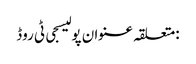
:متعلقہ عنوان پولیسجی ٹی روڈ